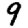
Digit: 9